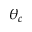
\theta _ { c }